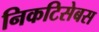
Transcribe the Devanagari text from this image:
निकटिसेबस